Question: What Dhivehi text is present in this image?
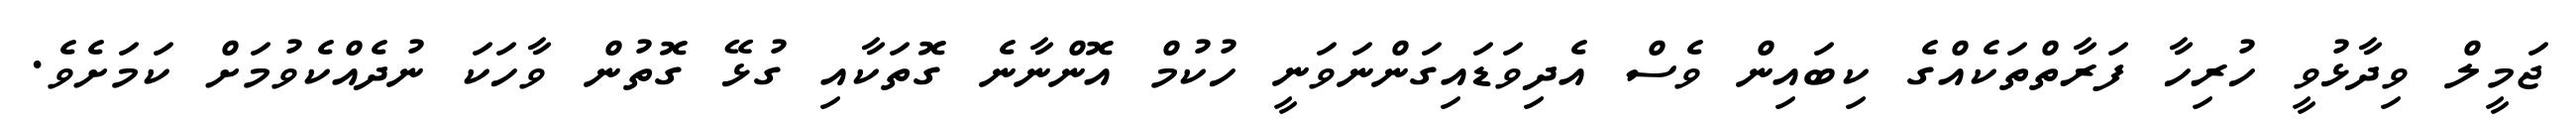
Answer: ޖަމީލް ވިދާޅުވީ ހުރިހާ ފަރާތްތަކެއްގެ ކިބައިން ވެސް އެދިވަޑައިގަންނަވަނީ ހުކުމް އޮންނާނެ ގޮތަކާއި ގުޅޭ ގޮތުން ވާހަކަ ނުދެއްކެވުމަށް ކަމަށެވެ.